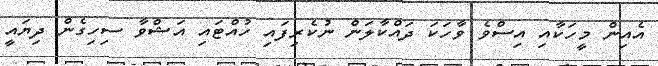
އެއިން މީހަކާއި އިސްވެ ވާހަކަ ދައްކާލަން ނުކެރިފައި ހުއްޓައި އަޝްވާ ސިހިގެން ދިޔައީ